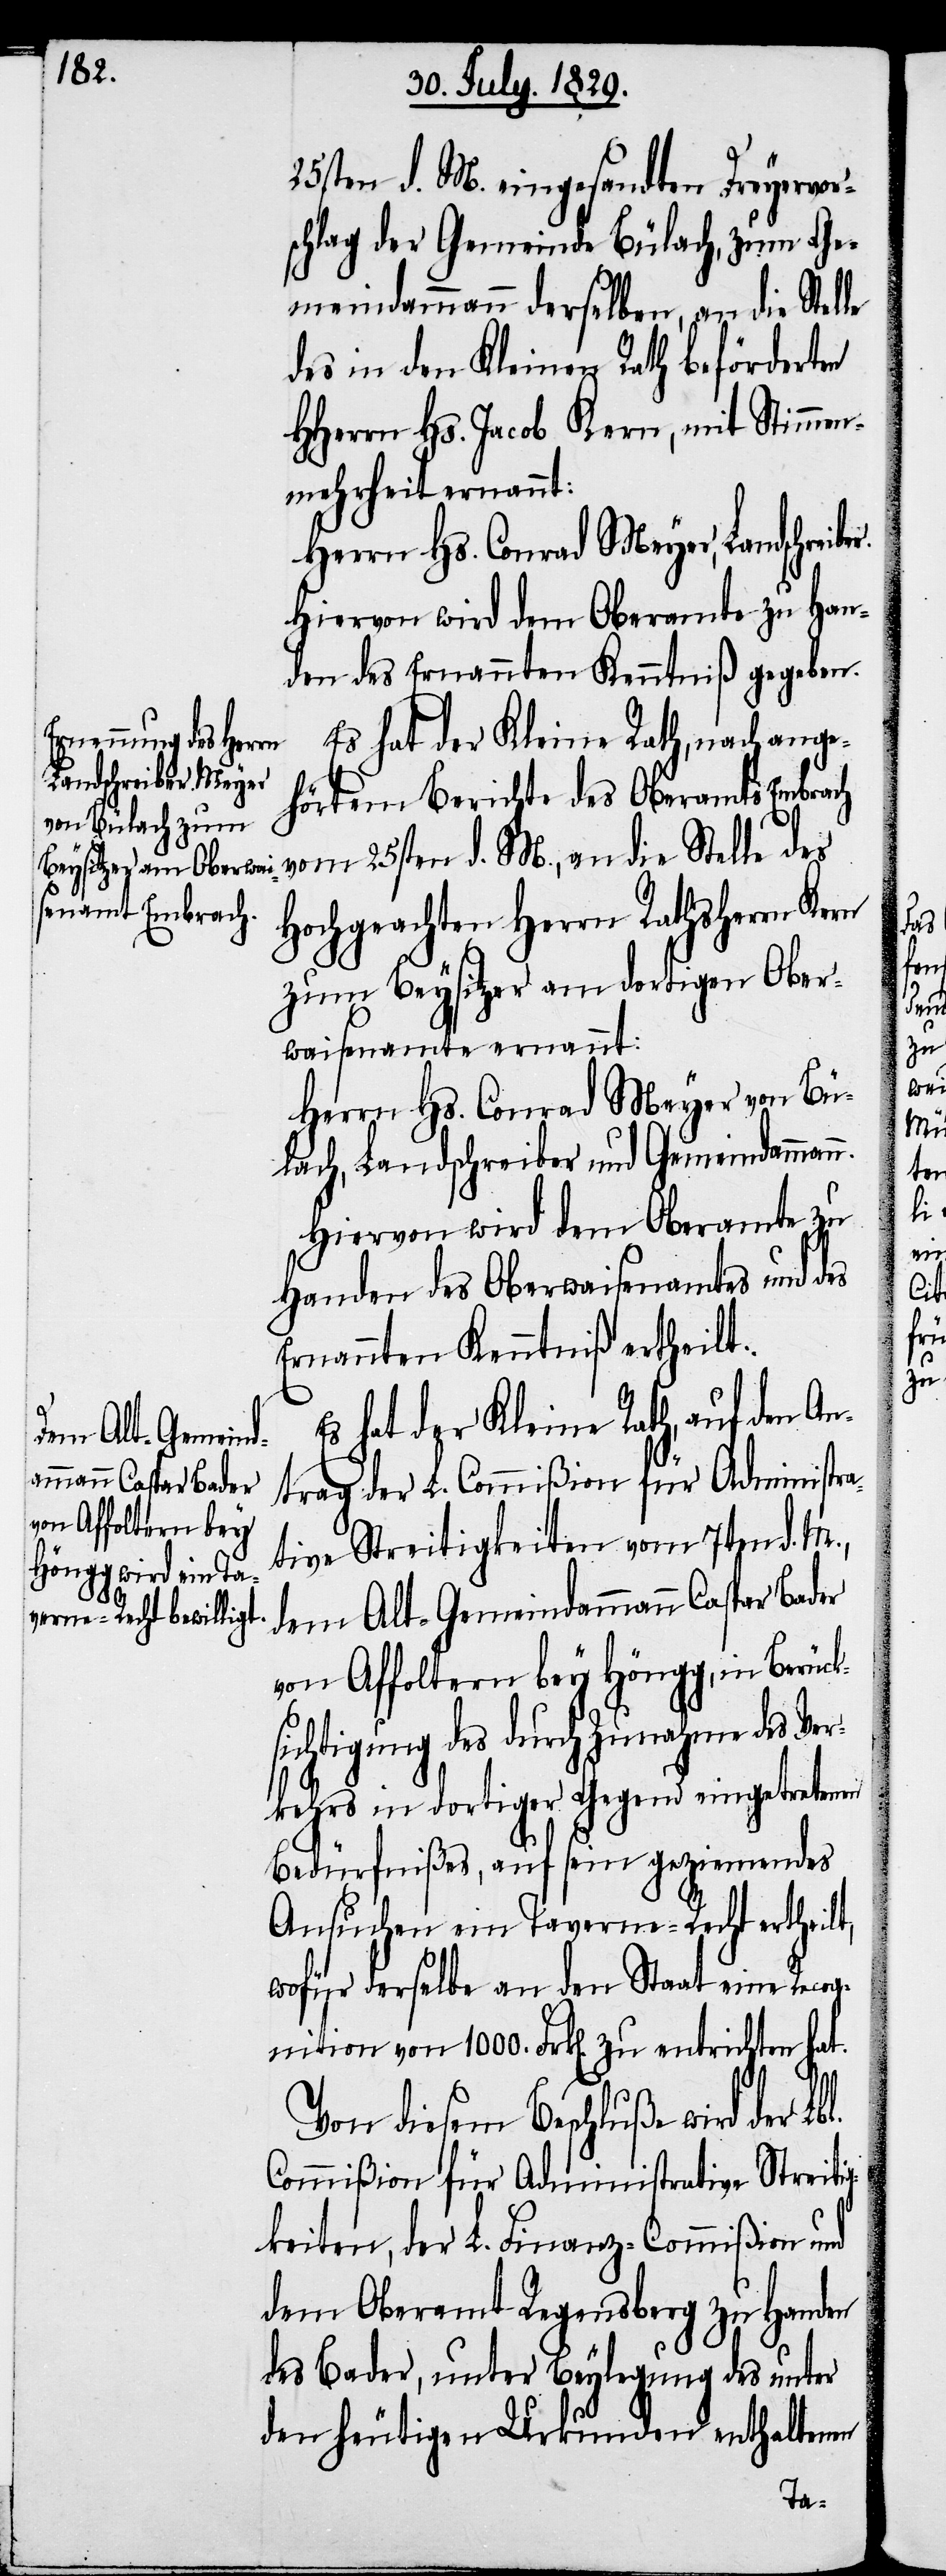
25sten d. M. eingesandten Dreyervor¬
schlag der Gemeinde Bülach, zum Ge¬
meindammann derselben, an die Stelle
des in den Kleinen Rath beförderten
HHerrn Hs. Jacob Kern, mit Stimmen¬
mehrheit ernannt:
Herrn Hs. Conrad Meyer, Landschreib¬
Hiervon wird dem Oberamte zu Han¬
den des Ernannten Kenntniß gegeben.
Es hat der Kleine Rath, nach ange¬
hörtem Berichte des Oberamts Embrach
vom 25sten d. M., an die Stelle des
Hochgeachten Herrn Rathsherrn Kern
zum Beysitzer am dortigen Ober¬
waisenamte ernannt:
Herrn Hs. Conrad Meyer von Bü¬
lach, Landschreiber und Gemeindamman¬
Hiervon wird dem Oberamte zu
Handen des Oberwaisenamtes und des
Ernannten Kenntniß ertheilt.
Es hat der Kleine Rath, auf den An¬
trag der L. Commißion für Administra¬
tive Streitigkeiten vom 7ten d. M.,
dem Alt-Gemeindammann Caspar Bader
von Affoltern bey Höngg, in Berück¬
sichtigung des durch Zunahme des Ver¬
kehrs in dortiger Gegend eingetretenen
Bedürfnißes, auf sein geziemendes
Ansuchen ein Taverne-Recht ertheilt,
wofür derselbe an den Staat eine Recog¬
nition von 1000. Frk[en]. zu entrichten hat.
Von diesem Beschluße wird der Lbl.
Commißion für Administrative Streiti¬
gkeiten, der L. Finanz-Commißion und
dem Oberamt Regensberg zu Handen
des Bader, unter Beylegung des unter
den heutigen Urkunden enthaltenen
n.